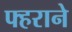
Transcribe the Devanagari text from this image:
फ्हराने